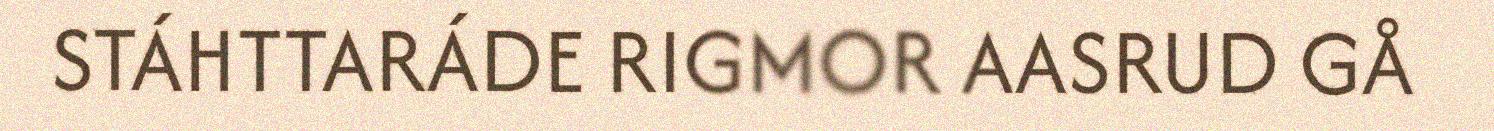
STÁHTTARÁDE RIGMOR AASRUD GÅ